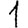
Digit: 1